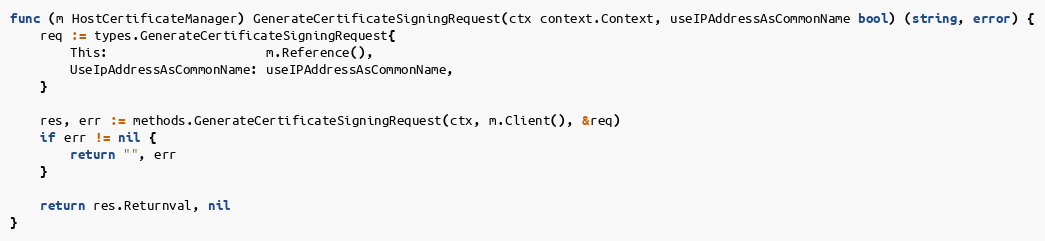
Language: Go
func (m HostCertificateManager) GenerateCertificateSigningRequest(ctx context.Context, useIPAddressAsCommonName bool) (string, error) {
	req := types.GenerateCertificateSigningRequest{
		This:                     m.Reference(),
		UseIpAddressAsCommonName: useIPAddressAsCommonName,
	}

	res, err := methods.GenerateCertificateSigningRequest(ctx, m.Client(), &req)
	if err != nil {
		return "", err
	}

	return res.Returnval, nil
}